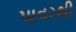
પાવરથી